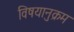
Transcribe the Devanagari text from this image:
विषयानुक्रम